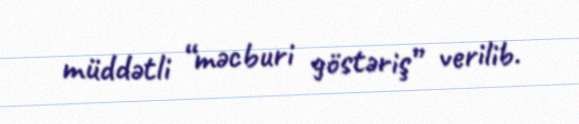
müddətli “məcburi göstəriş” verilib.